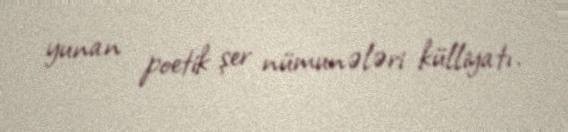
yunan poetik şer nümunələri külliyatı.